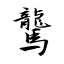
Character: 驡